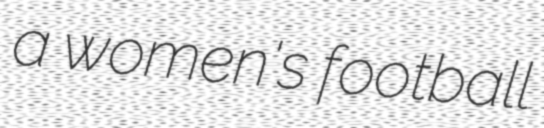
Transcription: a women's football